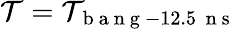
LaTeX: \mathcal{T}=\mathcal{T}_{\mathrm{{~b~a~n~g~}}-12.5\, \mathrm{{~n~s~}}}